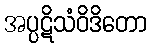
အပ္ပဋိသံဝိဒိတော